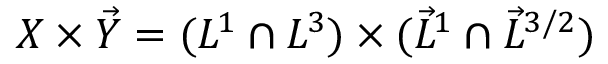
X \times \vec { Y } = ( L ^ { 1 } \cap L ^ { 3 } ) \times ( \vec { L } ^ { 1 } \cap \vec { L } ^ { 3 / 2 } )